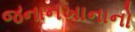
જનાનખાનાનો